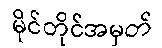
မိုင်တိုင်အမှတ်